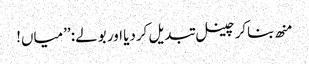
منھ بناکر چینل تبدیل کردیا اور بولے: ’’میاں!